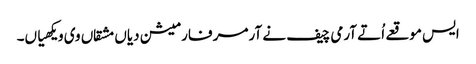
ایس موقعے اُتے آرمی چیف نے آرمر فارمیشن دیاں مشقاں وی ویکھیاں۔